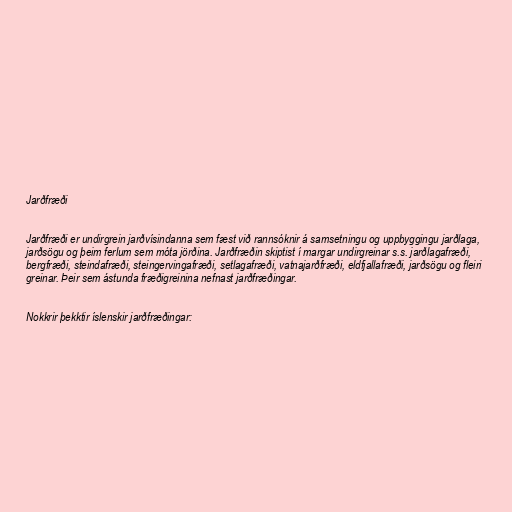
Jarðfræði

Jarðfræði er undirgrein jarðvísindanna sem fæst við rannsóknir á samsetningu og uppbyggingu jarðlaga,
jarðsögu og þeim ferlum sem móta jörðina. Jarðfræðin skiptist í margar undirgreinar s.s. jarðlagafræði,
bergfræði, steindafræði, steingervingafræði, setlagafræði, vatnajarðfræði, eldfjallafræði, jarðsögu og fleiri
greinar. Þeir sem ástunda fræðigreinina nefnast jarðfræðingar.

Nokkrir þekktir íslenskir jarðfræðingar: